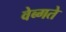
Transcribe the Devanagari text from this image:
वेब्गते